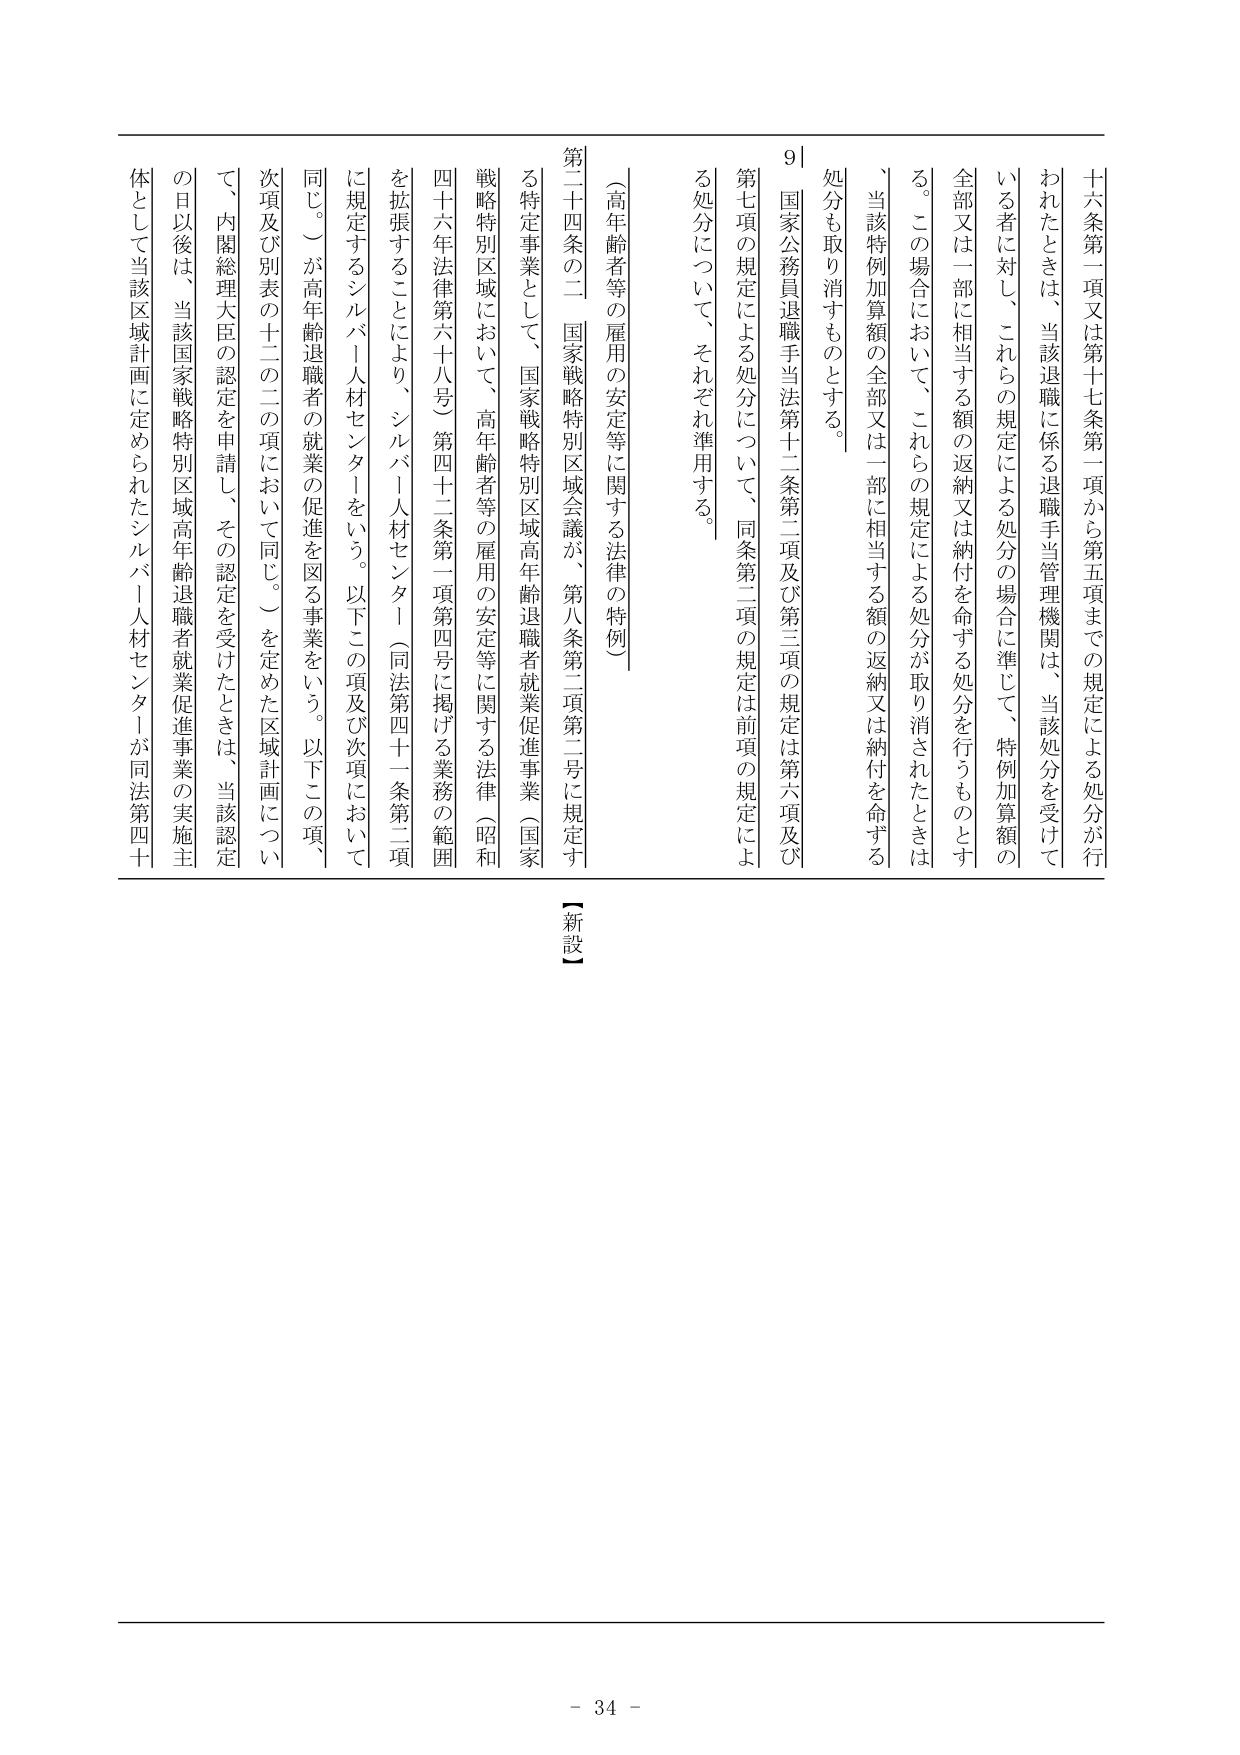
十六条第一項又は第十七条第一項から第五項までの規定による処分が行われたときは、当該退職に係る退職手当管理機関は、当該処分を受けている者に対し、これらの規定による処分の場合に準じて、特例加算額の全部又は一部に相当する額の返納又は納付を命ずる処分を行うものとする。この場合において、これらの規定による処分が取り消されたときは、当該特例加算額の全部又は一部に相当する額の返納又は納付を命ずる処分も取り消すものとする。

国家公務員退職手当法第十二条第二項及び第三項の規定は第六項及び第七項の規定による処分について、同条第二項の規定は前項の規定による処分について、それぞれ準用する。

（高年齢者等の雇用の安定等に関する法律の特例）

第二十四条の二 国家戦略特別区域会議が、第八条第二項第二号に規定する特定事業として、国家戦略特別区域高年齢退職者就業促進事業（国家戦略特別区域において、高年齢者等の雇用の安定等に関する法律（昭和四十六年法律第六十八号）第四十二条第一項第四号に掲げる業務の範囲を拡張することにより、シルバー人材センター（同法第四十一条第二項に規定するシルバー人材センターをいう。以下この項及び次項において同じ。）が高年齢退職者の就業の促進を図る事業をいう。以下この項、次項及び別表の十二の二の項において同じ。）を定めた区域計画について、内閣総理大臣の認定を申請し、その認定を受けたときは、当該認定の日以後は、当該国家戦略特別区域高年齢退職者就業促進事業の実施主体として当該区域計画に定められたシルバー人材センターが同法第四十

【新設】

- 34 -